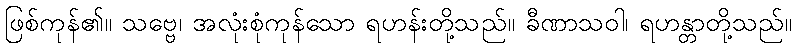
ဖြစ်ကုန်၏။ သဗ္ဗေ၊ အလုံးစုံကုန်သော ရဟန်းတို့သည်။ ခီဏာသဝါ၊ ရဟန္တာတို့သည်။